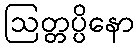
ဩတ္တပ္ပိနော